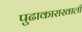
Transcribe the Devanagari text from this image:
पुढाकाराखाली